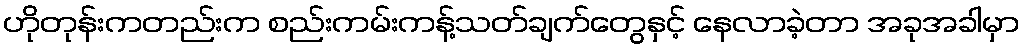
ဟိုတုန်းကတည်းက စည်းကမ်းကန့်သတ်ချက်တွေနှင့် နေလာခဲ့တာ အခုအခါမှာ